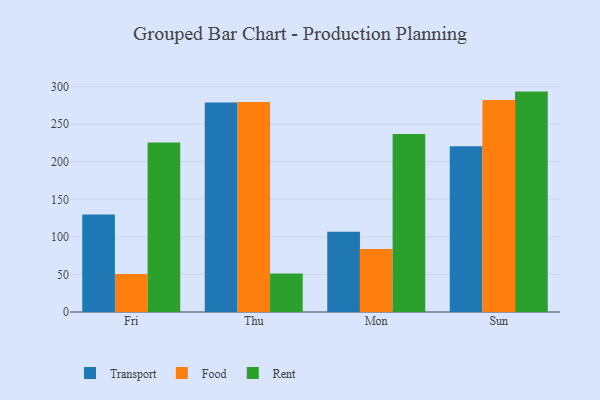
{"axis": {"x": "Day", "y": "Production Output"}, "legend": ["Food", "Rent", "Transport"], "data": [{"x": "Fri", "y": 129.9, "type": "Transport"}, {"x": "Fri", "y": 50.7, "type": "Food"}, {"x": "Fri", "y": 225.8, "type": "Rent"}, {"x": "Thu", "y": 278.9, "type": "Transport"}, {"x": "Thu", "y": 279.5, "type": "Food"}, {"x": "Thu", "y": 51.1, "type": "Rent"}, {"x": "Mon", "y": 106.9, "type": "Transport"}, {"x": "Mon", "y": 83.9, "type": "Food"}, {"x": "Mon", "y": 236.9, "type": "Rent"}, {"x": "Sun", "y": 220.7, "type": "Transport"}, {"x": "Sun", "y": 282.2, "type": "Food"}, {"x": "Sun", "y": 293.4, "type": "Rent"}]}